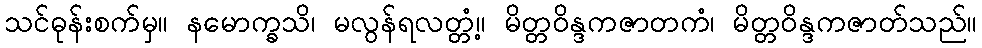
သင်ဓုန်းစက်မှ။ နမောက္ခသိ၊ မလွန်ရလတ္တံ့။ မိတ္တဝိန္ဒကဇာတကံ၊ မိတ္တဝိန္ဒကဇာတ်သည်။